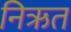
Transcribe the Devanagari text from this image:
निऋत